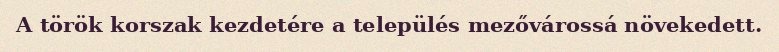
A török korszak kezdetére a település mezővárossá növekedett.